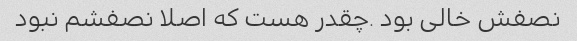
نصفش خالی بود .چقدر هست که اصلا نصفشم نبود